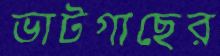
ভাটগাছের